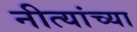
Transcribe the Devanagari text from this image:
नीत्यांच्या